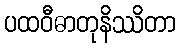
ပထဝီဓာတုနိဿိတာ